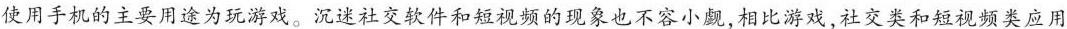
使用手机的主要用途为玩游戏。沉迷社交软件和短视频的现象也不容小觑，相比游戏，社交类和短视频类应用